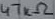
Text: 47kΩ